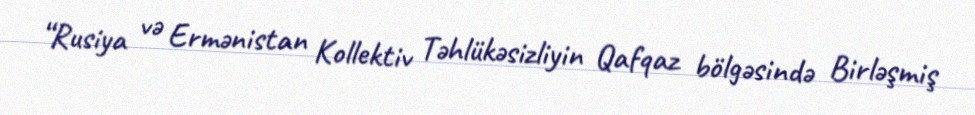
“Rusiya və Ermənistan Kollektiv Təhlükəsizliyin Qafqaz bölgəsində Birləşmiş